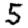
Digit: 5